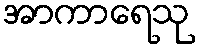
အာကာရေသု